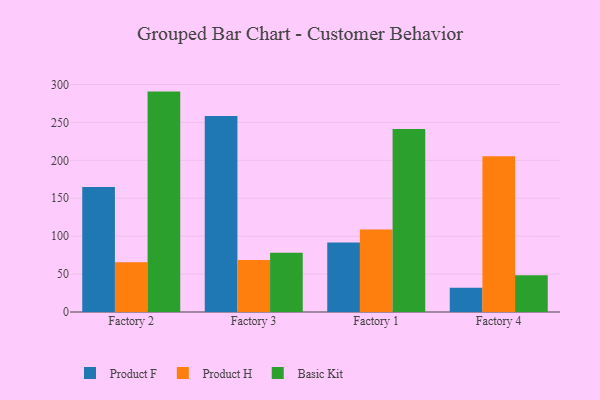
{"axis": {"x": "Factory", "y": "Humidity (%)"}, "legend": ["Basic Kit", "Product F", "Product H"], "data": [{"x": "Factory 2", "y": 164.8, "type": "Product F"}, {"x": "Factory 2", "y": 65.7, "type": "Product H"}, {"x": "Factory 2", "y": 290.6, "type": "Basic Kit"}, {"x": "Factory 3", "y": 258.4, "type": "Product F"}, {"x": "Factory 3", "y": 68.4, "type": "Product H"}, {"x": "Factory 3", "y": 78.0, "type": "Basic Kit"}, {"x": "Factory 1", "y": 91.8, "type": "Product F"}, {"x": "Factory 1", "y": 108.8, "type": "Product H"}, {"x": "Factory 1", "y": 241.3, "type": "Basic Kit"}, {"x": "Factory 4", "y": 31.9, "type": "Product F"}, {"x": "Factory 4", "y": 205.4, "type": "Product H"}, {"x": "Factory 4", "y": 48.6, "type": "Basic Kit"}]}